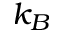
k _ { B }